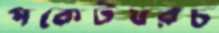
পকেটখরচ